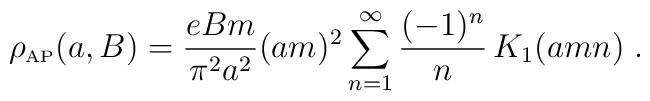
\rho_{\mbox{\tiny AP}} (a,B)={eBm\over \pi^2a^2}(am)^2\sum_{n=1}^{\infty}{(-1)^{n}\over n}\,K_1(amn)\;.